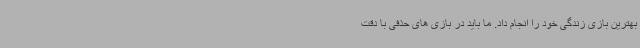
بهترین بازی زندگی خود را انجام داد. ما باید در بازی های حذفی با دقت